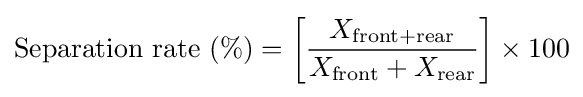
{\text{Separation rate }}(\%)=\left[{\frac {X_{\text{front+rear}}}{X_{\text{front}}+X_{\text{rear}}}}\right]\times 100